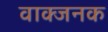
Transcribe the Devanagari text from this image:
वाक्जनक